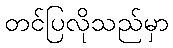
တင်ပြလိုသည်မှာ